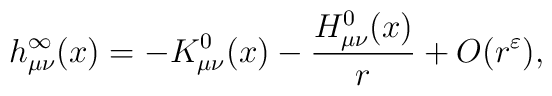
h^\infty_{\mu \nu}(x) = - K^0_{\mu \nu}(x) - \frac{H^0_{\mu \nu}(x)}{r}  + O(r^\varepsilon),